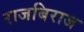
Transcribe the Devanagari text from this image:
राजबिराज